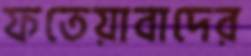
ফতেয়াবাদের